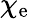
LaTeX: \chi_{\mathrm{e}}